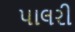
પાલરી